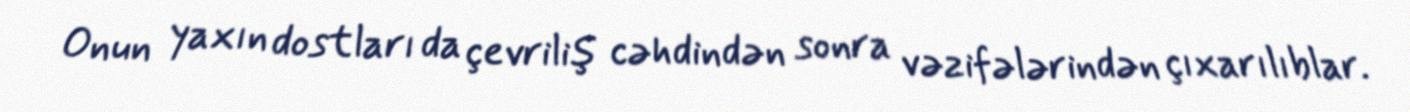
Onun yaxın dostları da çevriliş cəhdindən sonra vəzifələrindən çıxarılıblar.